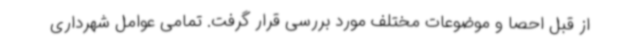
از قبل احصا و موضوعات مختلف مورد بررسی قرار گرفت. تمامی عوامل شهرداری